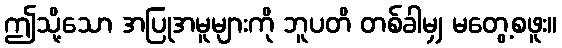
ဤသို့သော အပြုအမူများကို ဘူပတိ တစ်ခါမျှ မတွေ့စဖူး။